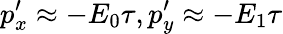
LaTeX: p_{x}^{\prime}\approx-E_{0}\tau,p_{y}^{\prime}\approx-E_{1}\tau